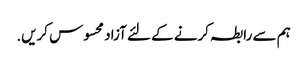
ہم سے رابطہ کرنے کے لئے آزاد محسوس کریں.